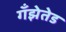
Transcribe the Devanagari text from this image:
गँझेतेड